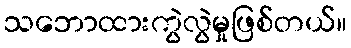
သဘောထားကွဲလွဲမှုဖြစ်တယ်။